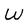
Character: W